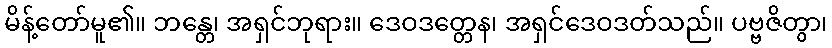
မိန့်တော်မူ၏။ ဘန္တေ၊ အရှင်ဘုရား။ ဒေဝဒတ္တေန၊ အရှင်ဒေဝဒတ်သည်။ ပဗ္ဗဇိတွာ၊